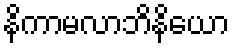
နိကာမလာဘိနိယော